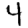
Digit: 4